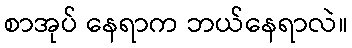
စာအုပ် နေရာက ဘယ်နေရာလဲ။